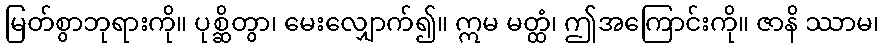
မြတ်စွာဘုရားကို။ ပုစ္ဆိတွာ၊ မေးလျှောက်၍။ ဣမ မတ္ထံ၊ ဤအကြောင်းကို။ ဇာနိ ဿာမ၊